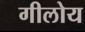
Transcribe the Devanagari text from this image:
गीलोय